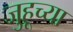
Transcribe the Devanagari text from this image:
जुहूच्या